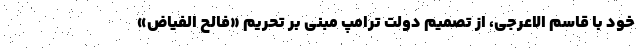
خود با قاسم الاعرجی، از تصمیم دولت ترامپ مبنی بر تحریم «فالح الفیاض»